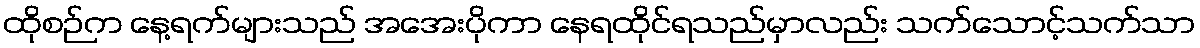
ထိုစဉ်က နေ့ရက်များသည် အအေးပိုကာ နေရထိုင်ရသည်မှာလည်း သက်သောင့်သက်သာ